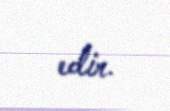
edir.